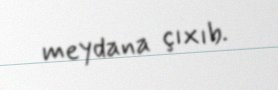
meydana çıxıb.